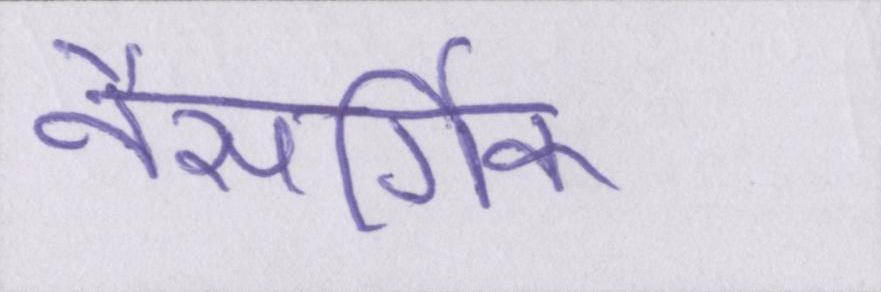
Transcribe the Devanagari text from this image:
नैसर्गिक